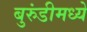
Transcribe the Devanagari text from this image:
बुरुंडीमध्ये